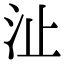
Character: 沚